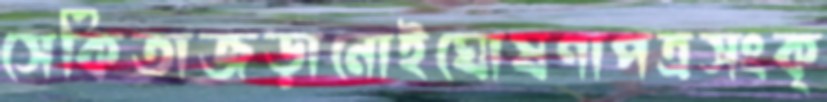
সেকিতাজড়ানোইঘোষণাপত্রসংক্